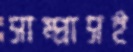
সাম্প্রাসই